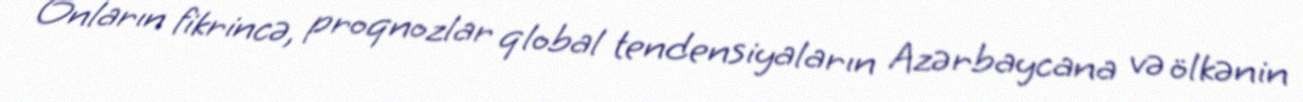
Onların fikrincə, proqnozlar qlobal tendensiyaların Azərbaycana və ölkənin